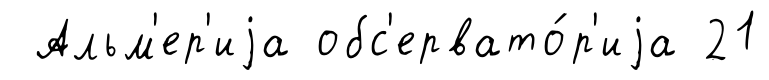
Альм'ер'иjа обс'ервато́р'иjа 21